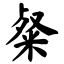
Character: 粲